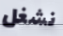
نشغل